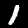
Digit: 1